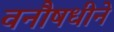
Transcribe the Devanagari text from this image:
वनौषधीने